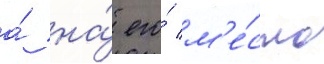
а́ на́ его́ м'е́сто